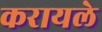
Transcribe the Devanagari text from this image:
करायले